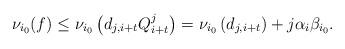
LaTeX: \begin{align*}\nu_{i_0}(f)\le\nu_{i_0}\left(d_{j,i+t}Q_{i+t}^j\right)=\nu_{i_0}\left(d_{j,i+t}\right)+j\alpha_i\beta_{i_0}.\end{align*}